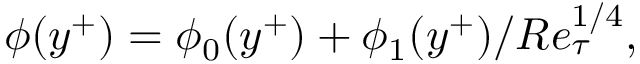
\phi ( y ^ { + } ) = \phi _ { 0 } ( y ^ { + } ) + \phi _ { 1 } ( y ^ { + } ) / R e _ { \tau } ^ { 1 / 4 } ,